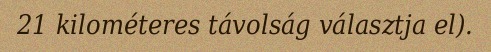
21 kilométeres távolság választja el).